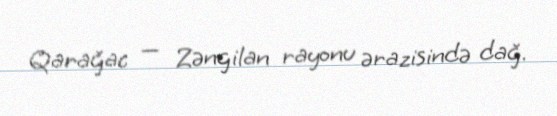
Qarağac — Zəngilan rayonu ərazisində dağ.